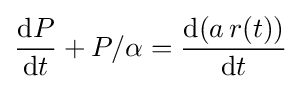
{\frac {\mathrm {d} P}{\mathrm {d} t}}+P/\alpha ={\frac {\mathrm {d} (a\,r(t))}{\mathrm {d} t}}